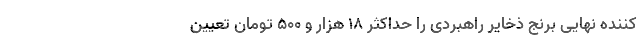
کننده نهایی برنج ذخایر راهبردی را حداکثر ۱۸ هزار و ۵۰۰ تومان تعیین